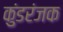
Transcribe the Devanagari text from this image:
कुंडरंजक